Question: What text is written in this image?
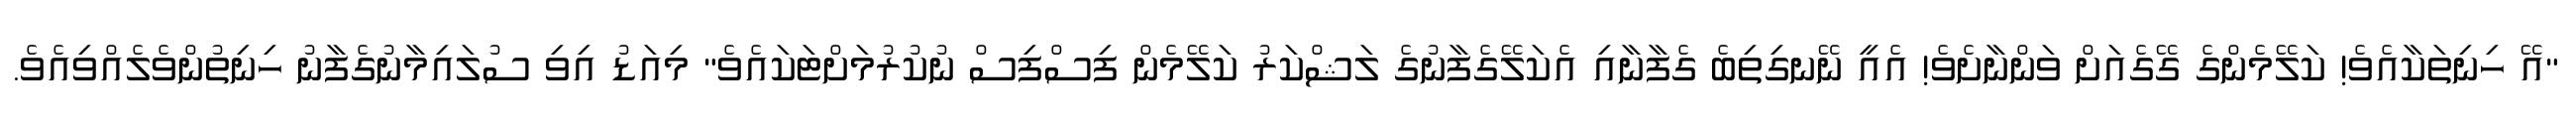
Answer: "އޭ ހިނިތަކާއެވެ! ކަލޭމެންގެ ގޭގެއަށް ވަންނާށެވެ! އެއީ ނޭނގިތިބެ ގެފާނާއި އެކަލޭގެފާނުގެ ލަޝްކަރު ކަލޭމެން ފިސްފިސް ނުކުރުމަށްޓަކައެވެ" މިއަޑު އިވި ސުލައިމާނުގެފާނު ހިނިތުންވެލެއްވިއެވެ.